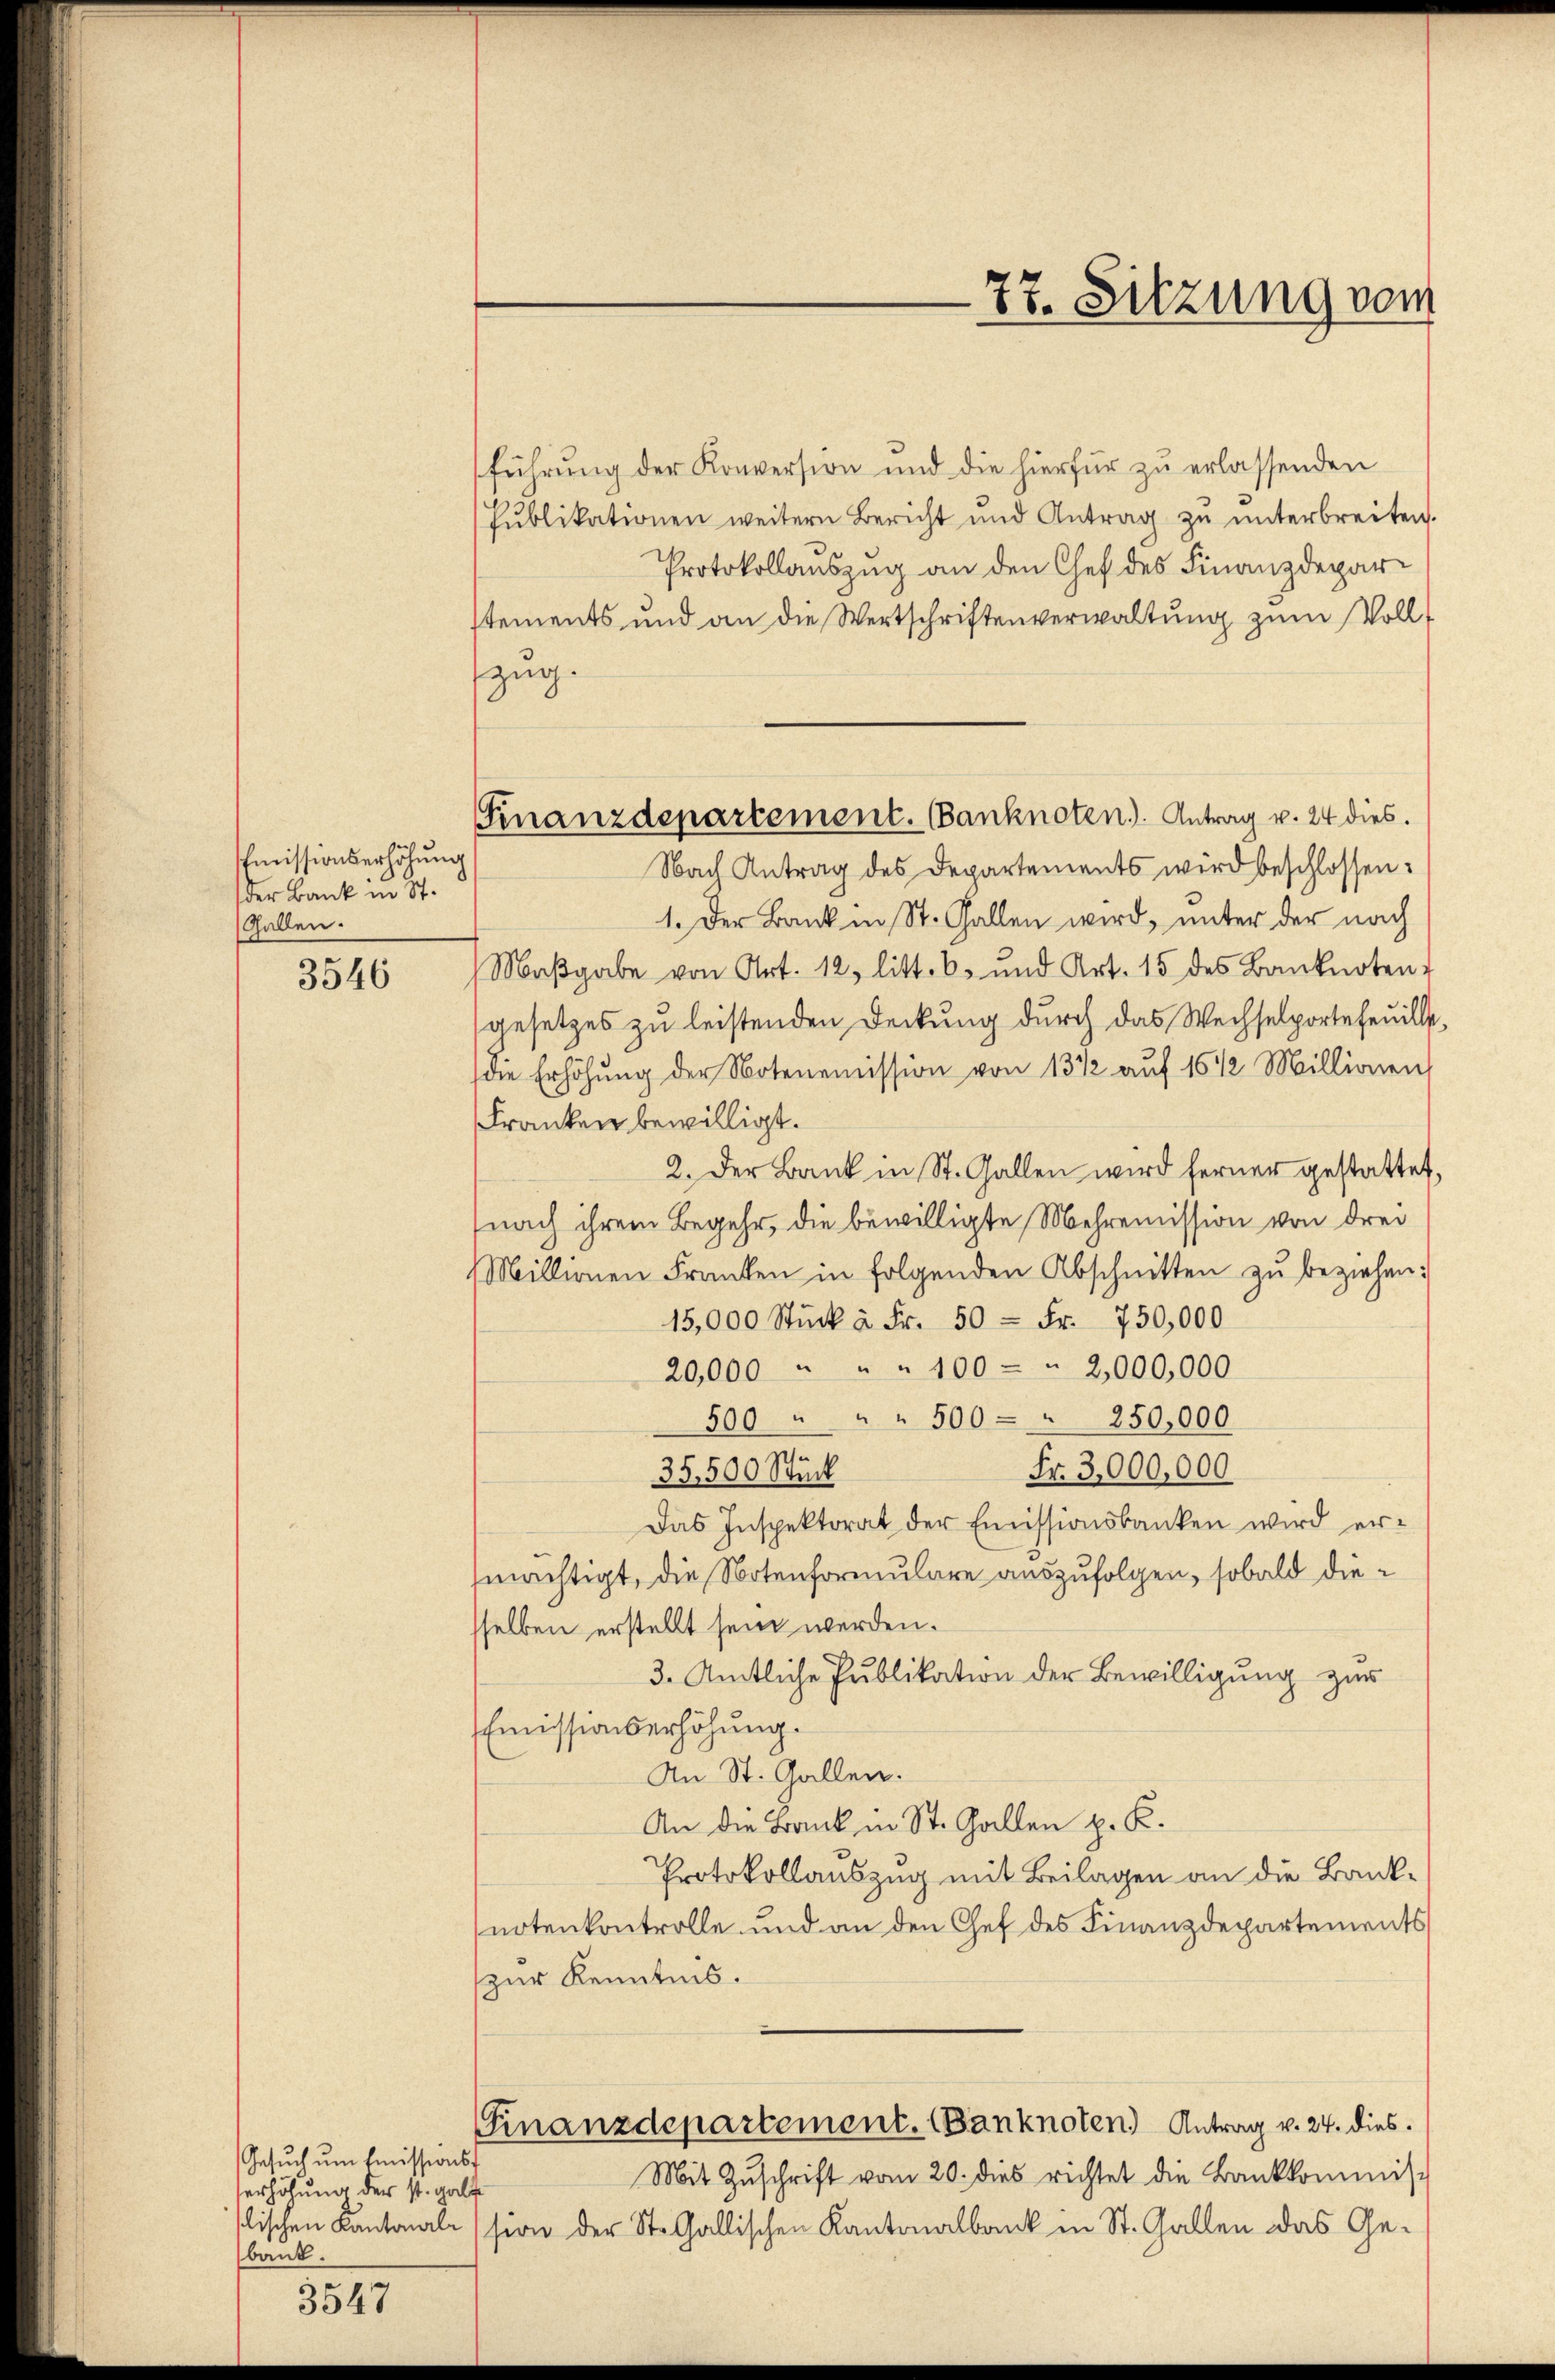
3546

3547

Emissionserhöhŭng
der Bank in St.
Gallen.

Gesŭch ŭm Emissionss
serhöhung der st. galt
slischen Kantonale
bank.

führung der Konversion und die hierfür zu erlassenden
Pŭblikationen weitern Bericht und Antrag zŭ ŭnterbreiten.
Protokollauszug an den Chef des Finanzdeparstements und an die Wertschriftenverwaltung zum Vollzug.
Nach Antrag des Departements wird beschlossen:
1. Der Bank in St. Gallen wird, unter der nach
Maβgabe von Art. 12, litt. b. und Art. 15 des Banknoten-
gesetzes zu leistenden Deckung durch das Wechselportefeuille,
die Erhöhung der Notenemission von 13 1/2 auf 16 1/2 Millionen,
Franken bewilligt.
2. Der Bank in St. Gallen wird ferner gestattet,
(nach ihrem Begehr, die bewilligte Mehremission von drei
Millionen Franken in folgenden Abschnitten zŭ beziehen:
15,000 Stück à Fr. 50 = Fr. 750,000
20,000 " " " 100 " 2,000,000
500 " " " 500 " 250,000
Fr. 3,000,000
35,500 Stück
Das Inspektorat der Emissionsbanken wird er-
mächtigt, die Notenformulare auszufolgen, sobald diesselben erstellt sein werden.
3. Amtliche Publikation der Bewilligung zur
Emissionserhöhung.
An St. Gallen.
An die Bank in St. Gallen z. K.
Protokollauszug mit Beilagen an die Banknotenkontrolle und an den Chef des Finanzdepartements
zur Kenntnis.
Finanzdepartement. Banknoten) Antrag v. 24. dies.
Mit Zŭschrift vom 20. dies richtet die Bankkommis-
sion der St. Gallischen Kantonalbank in St. Gallen das Ge-

Finanzdepartement. Banknoten). Antrag v. 24 dies.

77. Sitzung vom